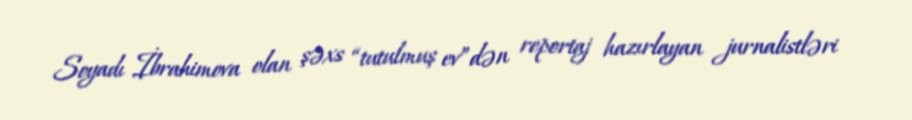
Soyadı İbrahimova olan şəxs “tutulmuş ev”dən reportaj hazırlayan jurnalistləri